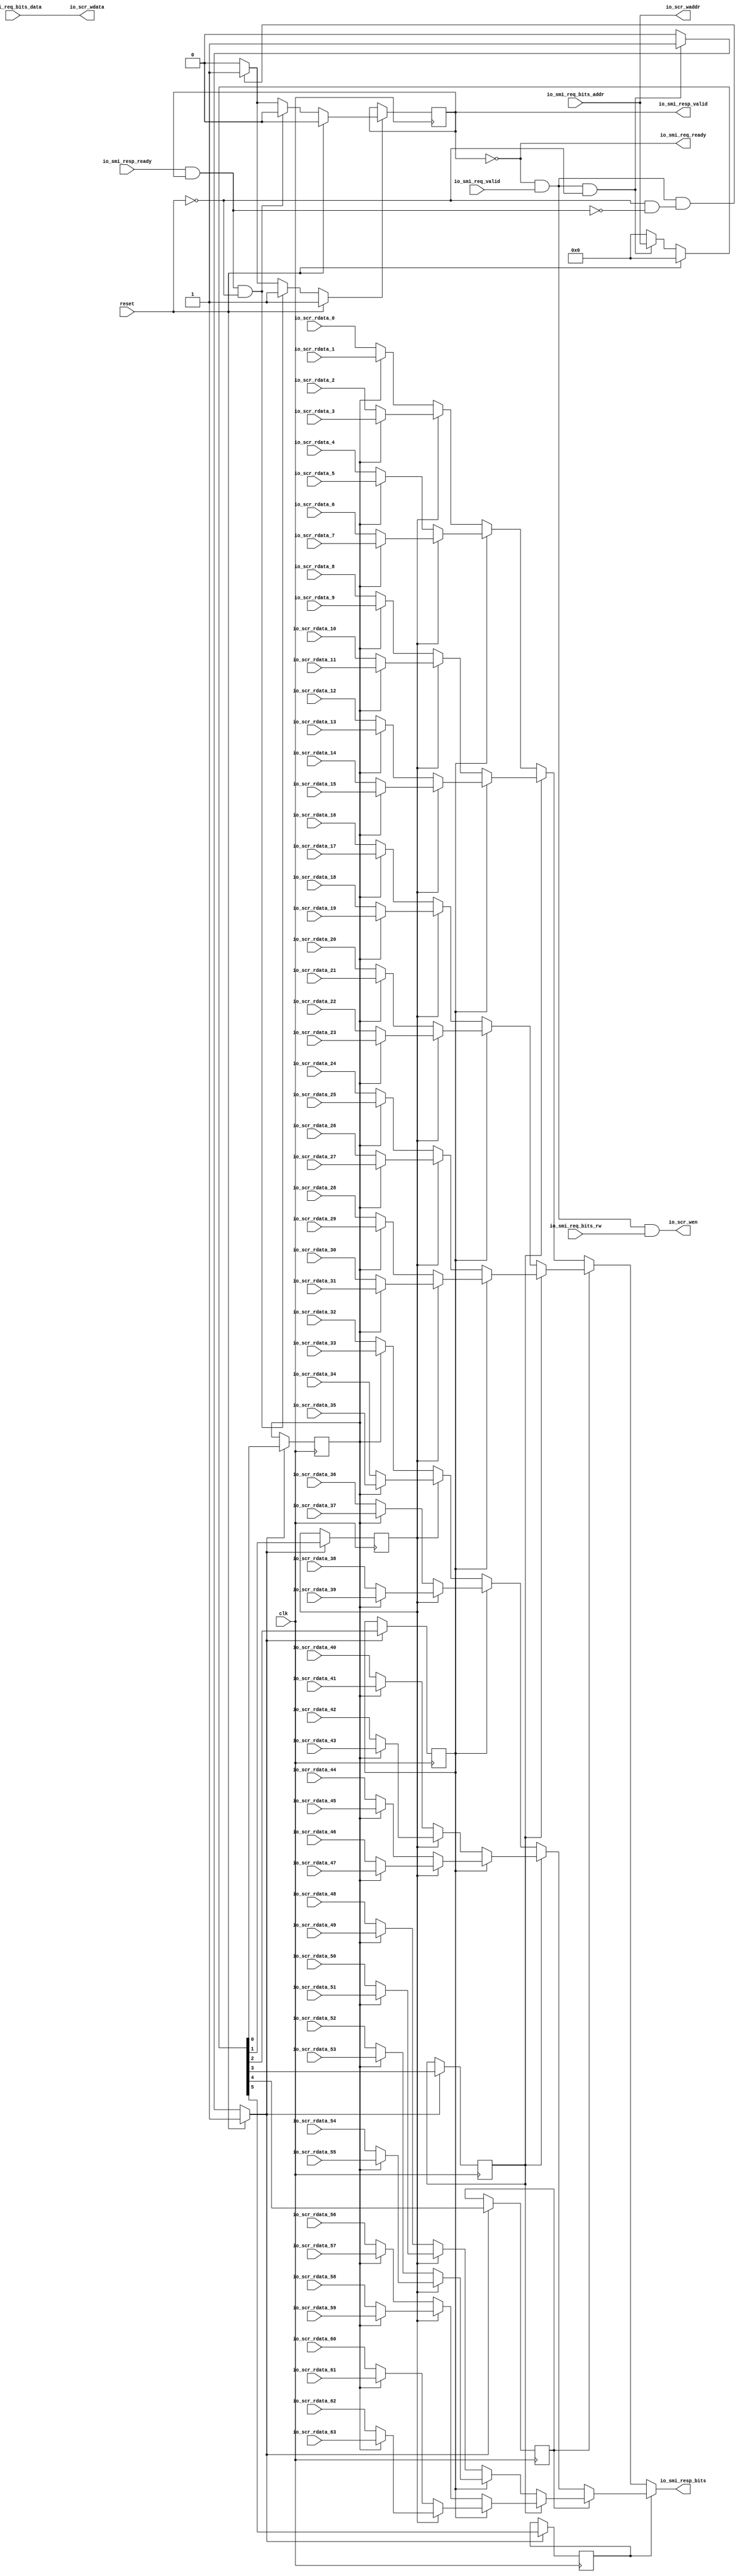
module SCRFile
(
  clk,
  reset,
  io_smi_req_ready,
  io_smi_req_valid,
  io_smi_req_bits_rw,
  io_smi_req_bits_addr,
  io_smi_req_bits_data,
  io_smi_resp_ready,
  io_smi_resp_valid,
  io_smi_resp_bits,
  io_scr_rdata_63,
  io_scr_rdata_62,
  io_scr_rdata_61,
  io_scr_rdata_60,
  io_scr_rdata_59,
  io_scr_rdata_58,
  io_scr_rdata_57,
  io_scr_rdata_56,
  io_scr_rdata_55,
  io_scr_rdata_54,
  io_scr_rdata_53,
  io_scr_rdata_52,
  io_scr_rdata_51,
  io_scr_rdata_50,
  io_scr_rdata_49,
  io_scr_rdata_48,
  io_scr_rdata_47,
  io_scr_rdata_46,
  io_scr_rdata_45,
  io_scr_rdata_44,
  io_scr_rdata_43,
  io_scr_rdata_42,
  io_scr_rdata_41,
  io_scr_rdata_40,
  io_scr_rdata_39,
  io_scr_rdata_38,
  io_scr_rdata_37,
  io_scr_rdata_36,
  io_scr_rdata_35,
  io_scr_rdata_34,
  io_scr_rdata_33,
  io_scr_rdata_32,
  io_scr_rdata_31,
  io_scr_rdata_30,
  io_scr_rdata_29,
  io_scr_rdata_28,
  io_scr_rdata_27,
  io_scr_rdata_26,
  io_scr_rdata_25,
  io_scr_rdata_24,
  io_scr_rdata_23,
  io_scr_rdata_22,
  io_scr_rdata_21,
  io_scr_rdata_20,
  io_scr_rdata_19,
  io_scr_rdata_18,
  io_scr_rdata_17,
  io_scr_rdata_16,
  io_scr_rdata_15,
  io_scr_rdata_14,
  io_scr_rdata_13,
  io_scr_rdata_12,
  io_scr_rdata_11,
  io_scr_rdata_10,
  io_scr_rdata_9,
  io_scr_rdata_8,
  io_scr_rdata_7,
  io_scr_rdata_6,
  io_scr_rdata_5,
  io_scr_rdata_4,
  io_scr_rdata_3,
  io_scr_rdata_2,
  io_scr_rdata_1,
  io_scr_rdata_0,
  io_scr_wen,
  io_scr_waddr,
  io_scr_wdata
);

  input [5:0] io_smi_req_bits_addr;
  input [63:0] io_smi_req_bits_data;
  output [63:0] io_smi_resp_bits;
  input [63:0] io_scr_rdata_63;
  input [63:0] io_scr_rdata_62;
  input [63:0] io_scr_rdata_61;
  input [63:0] io_scr_rdata_60;
  input [63:0] io_scr_rdata_59;
  input [63:0] io_scr_rdata_58;
  input [63:0] io_scr_rdata_57;
  input [63:0] io_scr_rdata_56;
  input [63:0] io_scr_rdata_55;
  input [63:0] io_scr_rdata_54;
  input [63:0] io_scr_rdata_53;
  input [63:0] io_scr_rdata_52;
  input [63:0] io_scr_rdata_51;
  input [63:0] io_scr_rdata_50;
  input [63:0] io_scr_rdata_49;
  input [63:0] io_scr_rdata_48;
  input [63:0] io_scr_rdata_47;
  input [63:0] io_scr_rdata_46;
  input [63:0] io_scr_rdata_45;
  input [63:0] io_scr_rdata_44;
  input [63:0] io_scr_rdata_43;
  input [63:0] io_scr_rdata_42;
  input [63:0] io_scr_rdata_41;
  input [63:0] io_scr_rdata_40;
  input [63:0] io_scr_rdata_39;
  input [63:0] io_scr_rdata_38;
  input [63:0] io_scr_rdata_37;
  input [63:0] io_scr_rdata_36;
  input [63:0] io_scr_rdata_35;
  input [63:0] io_scr_rdata_34;
  input [63:0] io_scr_rdata_33;
  input [63:0] io_scr_rdata_32;
  input [63:0] io_scr_rdata_31;
  input [63:0] io_scr_rdata_30;
  input [63:0] io_scr_rdata_29;
  input [63:0] io_scr_rdata_28;
  input [63:0] io_scr_rdata_27;
  input [63:0] io_scr_rdata_26;
  input [63:0] io_scr_rdata_25;
  input [63:0] io_scr_rdata_24;
  input [63:0] io_scr_rdata_23;
  input [63:0] io_scr_rdata_22;
  input [63:0] io_scr_rdata_21;
  input [63:0] io_scr_rdata_20;
  input [63:0] io_scr_rdata_19;
  input [63:0] io_scr_rdata_18;
  input [63:0] io_scr_rdata_17;
  input [63:0] io_scr_rdata_16;
  input [63:0] io_scr_rdata_15;
  input [63:0] io_scr_rdata_14;
  input [63:0] io_scr_rdata_13;
  input [63:0] io_scr_rdata_12;
  input [63:0] io_scr_rdata_11;
  input [63:0] io_scr_rdata_10;
  input [63:0] io_scr_rdata_9;
  input [63:0] io_scr_rdata_8;
  input [63:0] io_scr_rdata_7;
  input [63:0] io_scr_rdata_6;
  input [63:0] io_scr_rdata_5;
  input [63:0] io_scr_rdata_4;
  input [63:0] io_scr_rdata_3;
  input [63:0] io_scr_rdata_2;
  input [63:0] io_scr_rdata_1;
  input [63:0] io_scr_rdata_0;
  output [5:0] io_scr_waddr;
  output [63:0] io_scr_wdata;
  input clk;
  input reset;
  input io_smi_req_valid;
  input io_smi_req_bits_rw;
  input io_smi_resp_ready;
  output io_smi_req_ready;
  output io_smi_resp_valid;
  output io_scr_wen;
  wire [63:0] io_smi_resp_bits,io_scr_wdata,T68,T3,T37,T4,T22,T5,T15,T6,T12,T7,T18,T16,T29,
  T23,T26,T24,T32,T30,T52,T38,T45,T39,T42,T40,T48,T46,T59,T53,T56,T54,T62,T60,T99,
  T69,T84,T70,T77,T71,T74,T72,T80,T78,T91,T85,T88,T86,T94,T92,T114,T100,T107,T101,
  T104,T102,T110,T108,T121,T115,T118,T116,T124,T122;
  wire [5:0] io_scr_waddr;
  wire io_smi_req_ready,io_scr_wen,N0,N1,N2,N3,N4,N5,N6,N7,N8,N9,N10,N11,N12,T1,N13,
  N14,N15,N16,N17,N18,T11,T133,N19,N20,N21,N22,N23,N24,N25,N26,N27,N28,N29,N30,N31,
  N32,N33,N34,N35,N36,N37,N38;
  reg [5:0] T9;
  reg io_smi_resp_valid;
  assign io_scr_waddr[5] = io_smi_req_bits_addr[5];
  assign io_scr_waddr[4] = io_smi_req_bits_addr[4];
  assign io_scr_waddr[3] = io_smi_req_bits_addr[3];
  assign io_scr_waddr[2] = io_smi_req_bits_addr[2];
  assign io_scr_waddr[1] = io_smi_req_bits_addr[1];
  assign io_scr_waddr[0] = io_smi_req_bits_addr[0];
  assign io_scr_wdata[63] = io_smi_req_bits_data[63];
  assign io_scr_wdata[62] = io_smi_req_bits_data[62];
  assign io_scr_wdata[61] = io_smi_req_bits_data[61];
  assign io_scr_wdata[60] = io_smi_req_bits_data[60];
  assign io_scr_wdata[59] = io_smi_req_bits_data[59];
  assign io_scr_wdata[58] = io_smi_req_bits_data[58];
  assign io_scr_wdata[57] = io_smi_req_bits_data[57];
  assign io_scr_wdata[56] = io_smi_req_bits_data[56];
  assign io_scr_wdata[55] = io_smi_req_bits_data[55];
  assign io_scr_wdata[54] = io_smi_req_bits_data[54];
  assign io_scr_wdata[53] = io_smi_req_bits_data[53];
  assign io_scr_wdata[52] = io_smi_req_bits_data[52];
  assign io_scr_wdata[51] = io_smi_req_bits_data[51];
  assign io_scr_wdata[50] = io_smi_req_bits_data[50];
  assign io_scr_wdata[49] = io_smi_req_bits_data[49];
  assign io_scr_wdata[48] = io_smi_req_bits_data[48];
  assign io_scr_wdata[47] = io_smi_req_bits_data[47];
  assign io_scr_wdata[46] = io_smi_req_bits_data[46];
  assign io_scr_wdata[45] = io_smi_req_bits_data[45];
  assign io_scr_wdata[44] = io_smi_req_bits_data[44];
  assign io_scr_wdata[43] = io_smi_req_bits_data[43];
  assign io_scr_wdata[42] = io_smi_req_bits_data[42];
  assign io_scr_wdata[41] = io_smi_req_bits_data[41];
  assign io_scr_wdata[40] = io_smi_req_bits_data[40];
  assign io_scr_wdata[39] = io_smi_req_bits_data[39];
  assign io_scr_wdata[38] = io_smi_req_bits_data[38];
  assign io_scr_wdata[37] = io_smi_req_bits_data[37];
  assign io_scr_wdata[36] = io_smi_req_bits_data[36];
  assign io_scr_wdata[35] = io_smi_req_bits_data[35];
  assign io_scr_wdata[34] = io_smi_req_bits_data[34];
  assign io_scr_wdata[33] = io_smi_req_bits_data[33];
  assign io_scr_wdata[32] = io_smi_req_bits_data[32];
  assign io_scr_wdata[31] = io_smi_req_bits_data[31];
  assign io_scr_wdata[30] = io_smi_req_bits_data[30];
  assign io_scr_wdata[29] = io_smi_req_bits_data[29];
  assign io_scr_wdata[28] = io_smi_req_bits_data[28];
  assign io_scr_wdata[27] = io_smi_req_bits_data[27];
  assign io_scr_wdata[26] = io_smi_req_bits_data[26];
  assign io_scr_wdata[25] = io_smi_req_bits_data[25];
  assign io_scr_wdata[24] = io_smi_req_bits_data[24];
  assign io_scr_wdata[23] = io_smi_req_bits_data[23];
  assign io_scr_wdata[22] = io_smi_req_bits_data[22];
  assign io_scr_wdata[21] = io_smi_req_bits_data[21];
  assign io_scr_wdata[20] = io_smi_req_bits_data[20];
  assign io_scr_wdata[19] = io_smi_req_bits_data[19];
  assign io_scr_wdata[18] = io_smi_req_bits_data[18];
  assign io_scr_wdata[17] = io_smi_req_bits_data[17];
  assign io_scr_wdata[16] = io_smi_req_bits_data[16];
  assign io_scr_wdata[15] = io_smi_req_bits_data[15];
  assign io_scr_wdata[14] = io_smi_req_bits_data[14];
  assign io_scr_wdata[13] = io_smi_req_bits_data[13];
  assign io_scr_wdata[12] = io_smi_req_bits_data[12];
  assign io_scr_wdata[11] = io_smi_req_bits_data[11];
  assign io_scr_wdata[10] = io_smi_req_bits_data[10];
  assign io_scr_wdata[9] = io_smi_req_bits_data[9];
  assign io_scr_wdata[8] = io_smi_req_bits_data[8];
  assign io_scr_wdata[7] = io_smi_req_bits_data[7];
  assign io_scr_wdata[6] = io_smi_req_bits_data[6];
  assign io_scr_wdata[5] = io_smi_req_bits_data[5];
  assign io_scr_wdata[4] = io_smi_req_bits_data[4];
  assign io_scr_wdata[3] = io_smi_req_bits_data[3];
  assign io_scr_wdata[2] = io_smi_req_bits_data[2];
  assign io_scr_wdata[1] = io_smi_req_bits_data[1];
  assign io_scr_wdata[0] = io_smi_req_bits_data[0];

  always @(posedge clk) begin
    if(N21) begin
      T9[5] <= N27;
    end 
  end


  always @(posedge clk) begin
    if(N21) begin
      T9[4] <= N26;
    end 
  end


  always @(posedge clk) begin
    if(N21) begin
      T9[3] <= N25;
    end 
  end


  always @(posedge clk) begin
    if(N21) begin
      T9[2] <= N24;
    end 
  end


  always @(posedge clk) begin
    if(N21) begin
      T9[1] <= N23;
    end 
  end


  always @(posedge clk) begin
    if(N21) begin
      T9[0] <= N22;
    end 
  end


  always @(posedge clk) begin
    if(N31) begin
      io_smi_resp_valid <= N32;
    end 
  end

  assign io_smi_resp_bits = (N0)? T68 : 
                            (N1)? T3 : 1'b0;
  assign N0 = T9[5];
  assign N1 = N13;
  assign T3 = (N2)? T37 : 
              (N3)? T4 : 1'b0;
  assign N2 = T9[4];
  assign N3 = N14;
  assign T4 = (N4)? T22 : 
              (N5)? T5 : 1'b0;
  assign N4 = T9[3];
  assign N5 = N15;
  assign T5 = (N6)? T15 : 
              (N7)? T6 : 1'b0;
  assign N6 = T9[2];
  assign N7 = N16;
  assign T6 = (N8)? T12 : 
              (N9)? T7 : 1'b0;
  assign N8 = T9[1];
  assign N9 = N17;
  assign T7 = (N10)? io_scr_rdata_1 : 
              (N11)? io_scr_rdata_0 : 1'b0;
  assign N10 = T9[0];
  assign N11 = N18;
  assign T12 = (N10)? io_scr_rdata_3 : 
               (N11)? io_scr_rdata_2 : 1'b0;
  assign T15 = (N8)? T18 : 
               (N9)? T16 : 1'b0;
  assign T16 = (N10)? io_scr_rdata_5 : 
               (N11)? io_scr_rdata_4 : 1'b0;
  assign T18 = (N10)? io_scr_rdata_7 : 
               (N11)? io_scr_rdata_6 : 1'b0;
  assign T22 = (N6)? T29 : 
               (N7)? T23 : 1'b0;
  assign T23 = (N8)? T26 : 
               (N9)? T24 : 1'b0;
  assign T24 = (N10)? io_scr_rdata_9 : 
               (N11)? io_scr_rdata_8 : 1'b0;
  assign T26 = (N10)? io_scr_rdata_11 : 
               (N11)? io_scr_rdata_10 : 1'b0;
  assign T29 = (N8)? T32 : 
               (N9)? T30 : 1'b0;
  assign T30 = (N10)? io_scr_rdata_13 : 
               (N11)? io_scr_rdata_12 : 1'b0;
  assign T32 = (N10)? io_scr_rdata_15 : 
               (N11)? io_scr_rdata_14 : 1'b0;
  assign T37 = (N4)? T52 : 
               (N5)? T38 : 1'b0;
  assign T38 = (N6)? T45 : 
               (N7)? T39 : 1'b0;
  assign T39 = (N8)? T42 : 
               (N9)? T40 : 1'b0;
  assign T40 = (N10)? io_scr_rdata_17 : 
               (N11)? io_scr_rdata_16 : 1'b0;
  assign T42 = (N10)? io_scr_rdata_19 : 
               (N11)? io_scr_rdata_18 : 1'b0;
  assign T45 = (N8)? T48 : 
               (N9)? T46 : 1'b0;
  assign T46 = (N10)? io_scr_rdata_21 : 
               (N11)? io_scr_rdata_20 : 1'b0;
  assign T48 = (N10)? io_scr_rdata_23 : 
               (N11)? io_scr_rdata_22 : 1'b0;
  assign T52 = (N6)? T59 : 
               (N7)? T53 : 1'b0;
  assign T53 = (N8)? T56 : 
               (N9)? T54 : 1'b0;
  assign T54 = (N10)? io_scr_rdata_25 : 
               (N11)? io_scr_rdata_24 : 1'b0;
  assign T56 = (N10)? io_scr_rdata_27 : 
               (N11)? io_scr_rdata_26 : 1'b0;
  assign T59 = (N8)? T62 : 
               (N9)? T60 : 1'b0;
  assign T60 = (N10)? io_scr_rdata_29 : 
               (N11)? io_scr_rdata_28 : 1'b0;
  assign T62 = (N10)? io_scr_rdata_31 : 
               (N11)? io_scr_rdata_30 : 1'b0;
  assign T68 = (N2)? T99 : 
               (N3)? T69 : 1'b0;
  assign T69 = (N4)? T84 : 
               (N5)? T70 : 1'b0;
  assign T70 = (N6)? T77 : 
               (N7)? T71 : 1'b0;
  assign T71 = (N8)? T74 : 
               (N9)? T72 : 1'b0;
  assign T72 = (N10)? io_scr_rdata_33 : 
               (N11)? io_scr_rdata_32 : 1'b0;
  assign T74 = (N10)? io_scr_rdata_35 : 
               (N11)? io_scr_rdata_34 : 1'b0;
  assign T77 = (N8)? T80 : 
               (N9)? T78 : 1'b0;
  assign T78 = (N10)? io_scr_rdata_37 : 
               (N11)? io_scr_rdata_36 : 1'b0;
  assign T80 = (N10)? io_scr_rdata_39 : 
               (N11)? io_scr_rdata_38 : 1'b0;
  assign T84 = (N6)? T91 : 
               (N7)? T85 : 1'b0;
  assign T85 = (N8)? T88 : 
               (N9)? T86 : 1'b0;
  assign T86 = (N10)? io_scr_rdata_41 : 
               (N11)? io_scr_rdata_40 : 1'b0;
  assign T88 = (N10)? io_scr_rdata_43 : 
               (N11)? io_scr_rdata_42 : 1'b0;
  assign T91 = (N8)? T94 : 
               (N9)? T92 : 1'b0;
  assign T92 = (N10)? io_scr_rdata_45 : 
               (N11)? io_scr_rdata_44 : 1'b0;
  assign T94 = (N10)? io_scr_rdata_47 : 
               (N11)? io_scr_rdata_46 : 1'b0;
  assign T99 = (N4)? T114 : 
               (N5)? T100 : 1'b0;
  assign T100 = (N6)? T107 : 
                (N7)? T101 : 1'b0;
  assign T101 = (N8)? T104 : 
                (N9)? T102 : 1'b0;
  assign T102 = (N10)? io_scr_rdata_49 : 
                (N11)? io_scr_rdata_48 : 1'b0;
  assign T104 = (N10)? io_scr_rdata_51 : 
                (N11)? io_scr_rdata_50 : 1'b0;
  assign T107 = (N8)? T110 : 
                (N9)? T108 : 1'b0;
  assign T108 = (N10)? io_scr_rdata_53 : 
                (N11)? io_scr_rdata_52 : 1'b0;
  assign T110 = (N10)? io_scr_rdata_55 : 
                (N11)? io_scr_rdata_54 : 1'b0;
  assign T114 = (N6)? T121 : 
                (N7)? T115 : 1'b0;
  assign T115 = (N8)? T118 : 
                (N9)? T116 : 1'b0;
  assign T116 = (N10)? io_scr_rdata_57 : 
                (N11)? io_scr_rdata_56 : 1'b0;
  assign T118 = (N10)? io_scr_rdata_59 : 
                (N11)? io_scr_rdata_58 : 1'b0;
  assign T121 = (N8)? T124 : 
                (N9)? T122 : 1'b0;
  assign T122 = (N10)? io_scr_rdata_61 : 
                (N11)? io_scr_rdata_60 : 1'b0;
  assign T124 = (N10)? io_scr_rdata_63 : 
                (N11)? io_scr_rdata_62 : 1'b0;
  assign N21 = (N12)? 1'b1 : 
               (N34)? 1'b1 : 
               (N20)? 1'b0 : 1'b0;
  assign N12 = reset;
  assign { N27, N26, N25, N24, N23, N22 } = (N12)? { 1'b0, 1'b0, 1'b0, 1'b0, 1'b0, 1'b0 } : 
                                            (N34)? io_smi_req_bits_addr : 1'b0;
  assign N31 = (N12)? 1'b1 : 
               (N35)? 1'b1 : 
               (N38)? 1'b1 : 
               (N30)? 1'b0 : 1'b0;
  assign N32 = (N12)? 1'b0 : 
               (N35)? 1'b0 : 
               (N38)? 1'b1 : 1'b0;
  assign io_scr_wen = T1 & io_smi_req_bits_rw;
  assign T1 = io_smi_req_ready & io_smi_req_valid;
  assign N13 = ~T9[5];
  assign N14 = ~T9[4];
  assign N15 = ~T9[3];
  assign N16 = ~T9[2];
  assign N17 = ~T9[1];
  assign N18 = ~T9[0];
  assign T11 = io_smi_req_ready & io_smi_req_valid;
  assign T133 = io_smi_resp_ready & io_smi_resp_valid;
  assign io_smi_req_ready = ~io_smi_resp_valid;
  assign N19 = T11 | reset;
  assign N20 = ~N19;
  assign N28 = T133 | reset;
  assign N29 = T11 | N28;
  assign N30 = ~N29;
  assign N33 = ~reset;
  assign N34 = T11 & N33;
  assign N35 = T133 & N33;
  assign N36 = ~T133;
  assign N37 = N33 & N36;
  assign N38 = T11 & N37;

endmodule